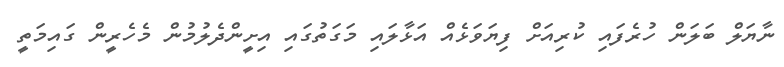
ނާޔަލް ބަލަން ހުރެފައި ކުރިއަށް ފިޔަވަޅެއް އަޅާލައި މަގަތުގައި އިށީންދެލުމުން މެހެރީން ގައިމަތީ